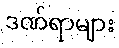
ဒဏ်ရာများ